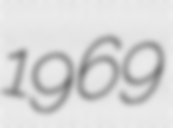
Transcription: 1969